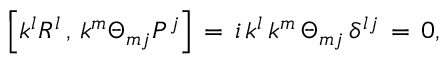
\left[ k ^ { l } R ^ { l } \, , \, k ^ { m } \Theta _ { m j } P ^ { j } \right] \, = \, i \, k ^ { l } \, k ^ { m } \, \Theta _ { m j } \, \delta ^ { l j } \, = \, 0 ,